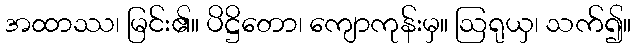
အထာဿ၊ မြင်း၏။ ပိဋ္ဌိတော၊ ကျောကုန်းမှ။ ဩရုယှ၊ သက်၍။